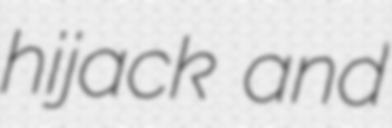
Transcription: hijack and